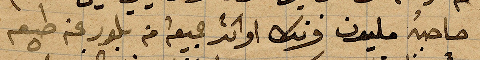
صاحبه مليون فرنك او اكثر ... من بلور رغم طبعه